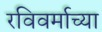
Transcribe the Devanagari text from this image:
रविवर्माच्या